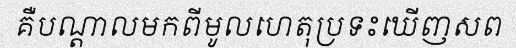
គឺបណ្តាលមកពីមូលហេតុប្រទះឃើញសព